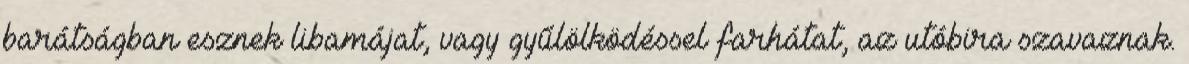
barátságban esznek libamájat, vagy gyűlölködéssel farhátat, az utóbira szavaznak.